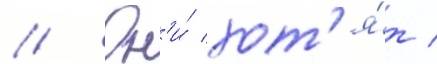
// Он'и́ хот'я́т /